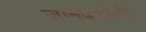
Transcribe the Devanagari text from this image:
जानुकादेवी